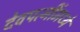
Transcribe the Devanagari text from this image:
देवपत्‍नींमध्ये